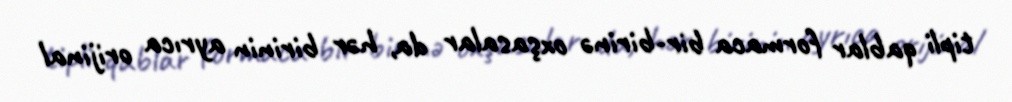
tipli qablar formaca bir-birinə oxşasalar da, hər birinin ayrıca orijinal